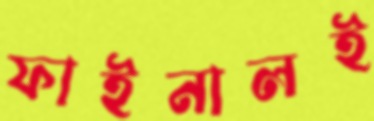
ফাইনালই